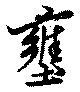
壅